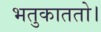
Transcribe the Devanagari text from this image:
भतुकाततो।